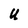
Character: U